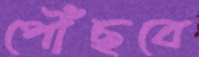
পৌঁছবে